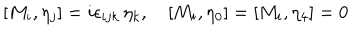
LaTeX: [ M _ { i } , \eta _ { j } ] = i \epsilon _ { i j k } \, \eta _ { k } , \quad [ M _ { i } , \eta _ { 0 } ] = [ M _ { i } , \eta _ { 4 } ] = 0